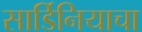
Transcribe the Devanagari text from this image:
सार्डिनियाचा